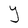
Character: Y